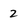
Character: 2